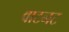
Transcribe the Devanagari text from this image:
वाटनट